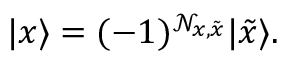
| x \rangle = ( - 1 ) ^ { \mathcal { N } _ { x , \tilde { x } } } | \tilde { x } \rangle .